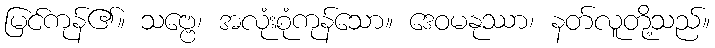
မြင်ကုန်၏။ သဗ္ဗေ၊ အလုံးစုံကုန်သော။ ဒေဝမနုဿာ၊ နတ်လူတို့သည်။